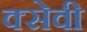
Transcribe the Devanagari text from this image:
क्सेवी